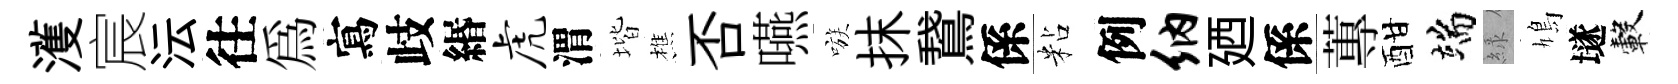
濩宸沄往爲寫歧緡虎渭堦樵否嚥嗾抹鵞係粘例纳廼係蓴酣端緑鳩𡑞轂